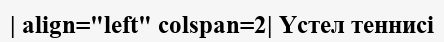
| align="left" colspan=2| Үстел теннисі